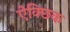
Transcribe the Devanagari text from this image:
ऐक्छिक